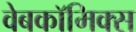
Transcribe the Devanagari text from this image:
वेबकाॅमिक्स